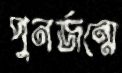
পুনর্জন্মে